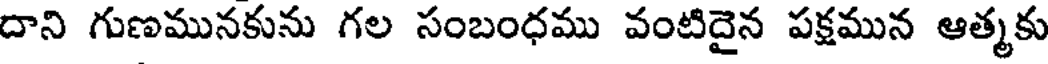
దాని గుణమునకును గల సంబంధము వంటిదైన పక్షమున ఆత్మకు